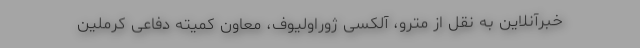
خبرآنلاین به نقل از مترو، آلکسی ژوراولیوف، معاون کمیته دفاعی کرملین